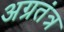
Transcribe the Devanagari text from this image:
अग्रतंत्र